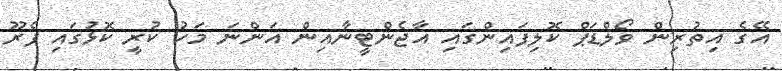
އޭގެ އިތުރިން ވޯލްޑަޕް ކޮލިފައިންގައި އާޖެންޓީނާއިން އަންނަ މަހު ކުރީ ކޮޅުގައި ޕެރޫ